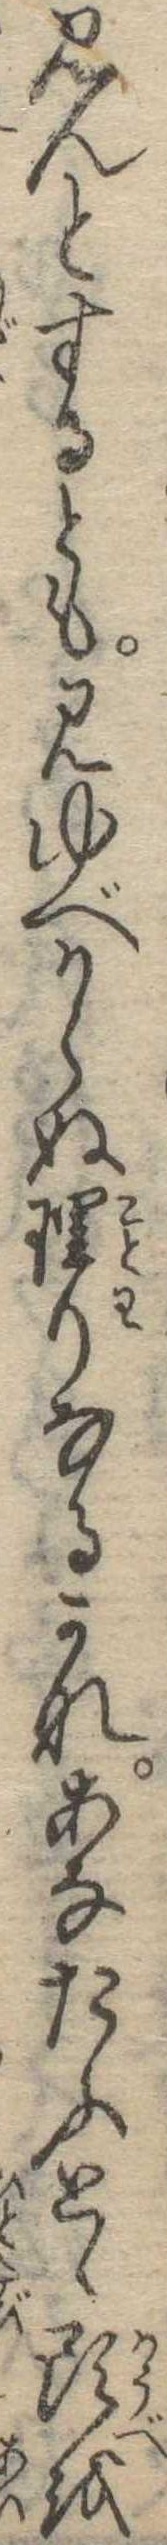
見んとするとも見ゆべからぬ理りなるかなあなたふとゝ頭を